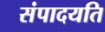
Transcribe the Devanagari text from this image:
संपादयति